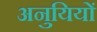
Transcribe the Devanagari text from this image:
अनुयियों